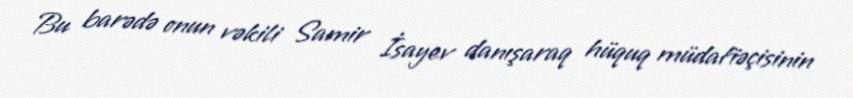
Bu barədə onun vəkili Samir İsayev danışaraq hüquq müdafiəçisinin